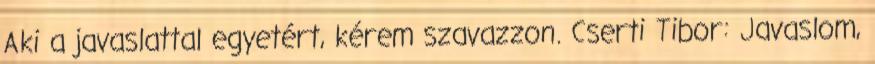
Aki a javaslattal egyetért, kérem szavazzon. Cserti Tibor: Javaslom,